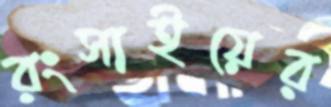
রংসাইয়ের